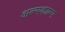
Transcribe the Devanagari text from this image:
अल्पकाल्प